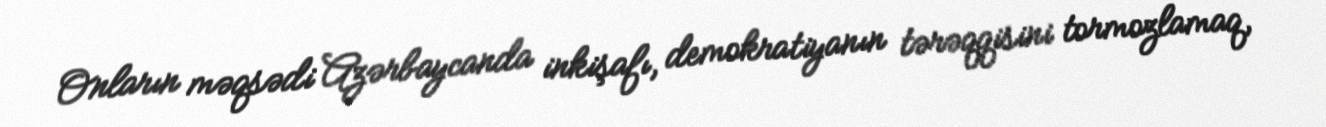
Onların məqsədi Azərbaycanda inkişafı, demokratiyanın tərəqqisini tormozlamaq,